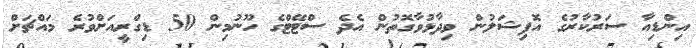
އިންޑިއާ ސަރުކާރުގެ އޮފިޝަލުން ވިދާޅުވާގޮތުން އެދެ ސްޓޭޓްގެ ހޫނުމިން 50 ޑިގްރީއަށްވުރެ މައްޗަށް